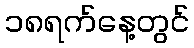
၁၈ရက်နေ့တွင်